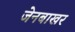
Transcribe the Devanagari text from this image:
जेनबाखर